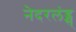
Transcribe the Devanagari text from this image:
नेदरलंड्स्